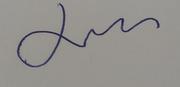
Signature authenticity: genuine